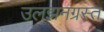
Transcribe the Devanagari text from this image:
उलझनग्रस्त